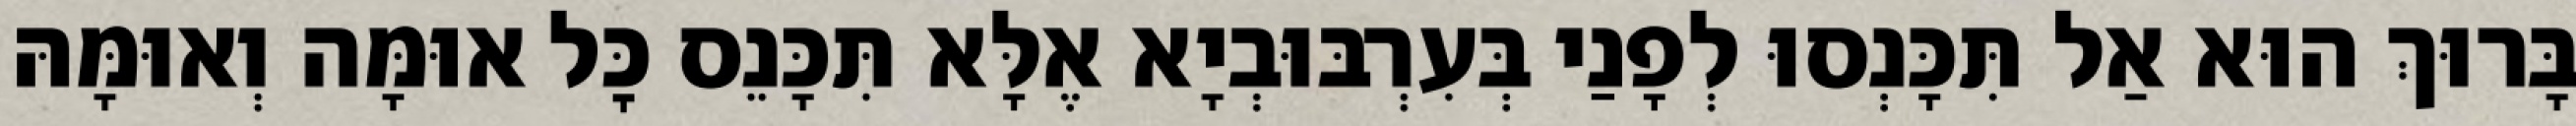
בָּרוּךְ הוּא אַל תִּכָּנְסוּ לְפָנַי בְּעִרְבּוּבְיָא אֶלָּא תִּכָּנֵס כׇּל אוּמָּה וְאוּמָּהּ